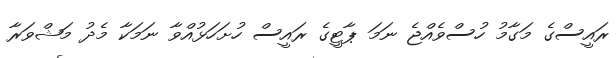
ރައީސްގެ މަގާމު ހުސްވެއްޖެ ނަމަ ޕާޓީގެ ރައީސް ހުށަހަޅުއްވާ ނަމަކާ މެދު މަޝްވަރާ